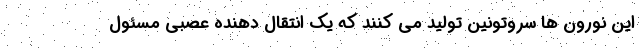
این نورون ها سروتونین تولید می کنند که یک انتقال دهنده عصبی مسئول